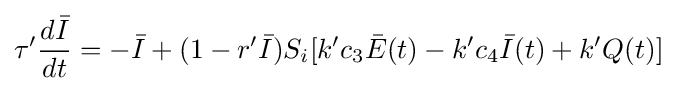
\tau '{\frac {d{\bar {I}}}{dt}}=-{\bar {I}}+(1-r'{\bar {I}})S_{i}[k'c_{3}{\bar {E}}(t)-k'c_{4}{\bar {I}}(t)+k'Q(t)]